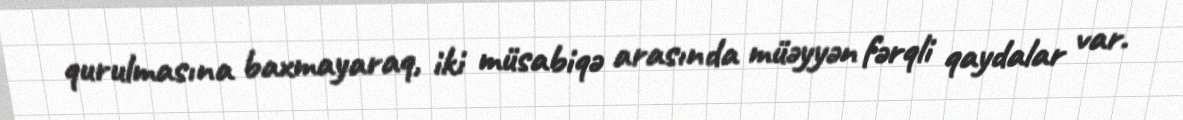
qurulmasına baxmayaraq, iki müsabiqə arasında müəyyən fərqli qaydalar var.